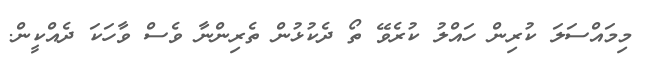
މިމައްސަލަ ކުރިން ހައްލު ކުރެވޭ ތޯ ދެކުޅުން ތެރިންނާ ވެސް ވާހަކަ ދެއްކީން.